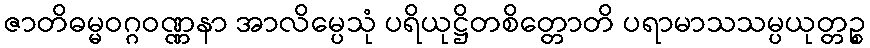
ဇာတိဓမ္မဝဂ္ဂဝဏ္ဏနာ အာလိမ္ပေသုံ ပရိယုဋ္ဌိတစိတ္တောတိ ပရာမာသသမ္ပယုတ္တဉ္စ